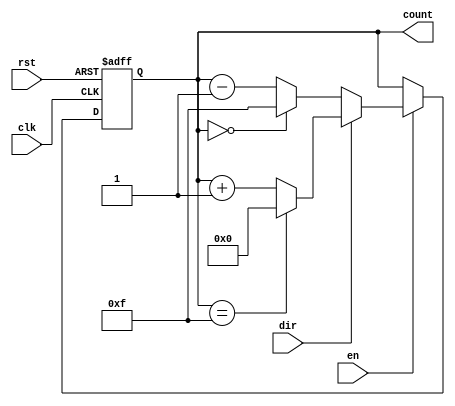
module multi_bit_counter #(
    parameter BIT_WIDTH = 4,        // Number of bits for the counter
    parameter MIN_VALUE = 0,        // Minimum value of the counter
    parameter MAX_VALUE = (1 << BIT_WIDTH) - 1 // Maximum value of the counter
)(
    input wire clk,                 // Clock signal
    input wire rst,                 // Reset signal (active high)
    input wire en,                  // Count enable signal
    input wire dir,                 // Counting direction (1 for up, 0 for down)
    output reg [BIT_WIDTH-1:0] count // Current count value
);

    // Synchronous process for counter operation
    always @(posedge clk or posedge rst) begin
        if (rst) begin
            count <= MIN_VALUE;      // Reset to MIN_VALUE
        end else if (en) begin
            if (dir) begin
                // Count up
                if (count == MAX_VALUE) begin
                    count <= MIN_VALUE; // Wrap around
                end else begin
                    count <= count + 1; // Increment
                end
            end else begin
                // Count down
                if (count == MIN_VALUE) begin
                    count <= MAX_VALUE; // Wrap around
                end else begin
                    count <= count - 1; // Decrement
                end
            end
        end
    end

endmodule